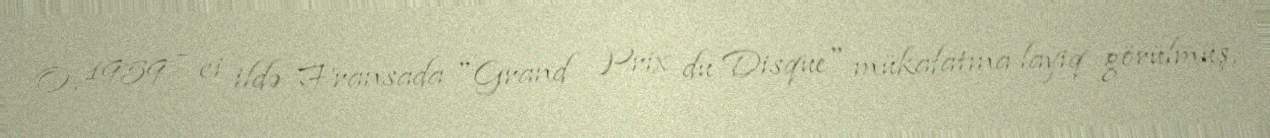
O, 1959 – ci ildə Fransada "Grand Prix du Disque" mükafatına layiq görülmüş,